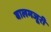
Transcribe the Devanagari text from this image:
बालमजूरी